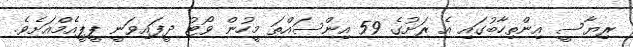
ރިޔާސީ އިންތިހާބުގައި އެ ރަށުގެ 59 އިންސައްތަ މީހުން ވޯޓު ދީފައިވަނީ ޕީޕީއެމްއަށެވެ.